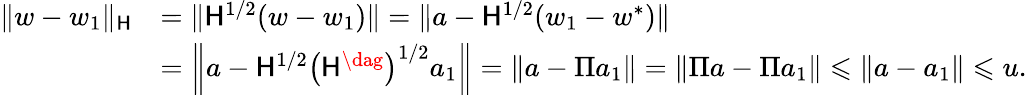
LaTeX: \begin{array}{rl}{\| w-w_{1}\| _{\mathsf H}}&{=\| \mathsf H^{1/2}(w-w_{1})\| =\| a-\mathsf H^{1/2}(w_{1}-w^{*})\| }\\ &{=\left\| a-\mathsf H^{1/2}\left(\mathsf H^{\dag}\right)^{1/2}a_{1}\right\| =\| a-\Pi a_{1}\| =\| \Pi a-\Pi a_{1}\| \leqslant\| a-a_{1}\| \leqslant u.}\end{array}